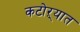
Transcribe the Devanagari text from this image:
कटोऱ्यात